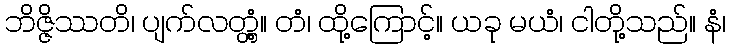
ဘိဇ္ဇိဿတိ၊ ပျက်လတ္တံ့။ တံ၊ ထို့ကြောင့်။ ယခု မယံ၊ ငါတို့သည်။ နံ၊